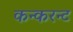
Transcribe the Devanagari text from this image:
कन्करन्ट